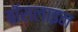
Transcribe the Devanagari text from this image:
बॉसलाइन